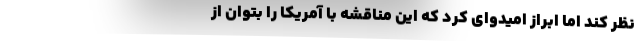
نظر کند اما ابراز امیدوای کرد که این مناقشه با آمریکا را بتوان از